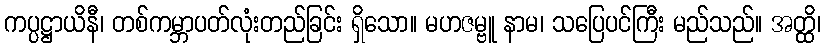
ကပ္ပဋ္ဌာယိနီ၊ တစ်ကမ္ဘာပတ်လုံးတည်ခြင်း ရှိသော။ မဟဇမ္ဗူ နာမ၊ သပြေပင်ကြီး မည်သည်။ အတ္ထိ၊